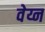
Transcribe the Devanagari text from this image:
वेय्न